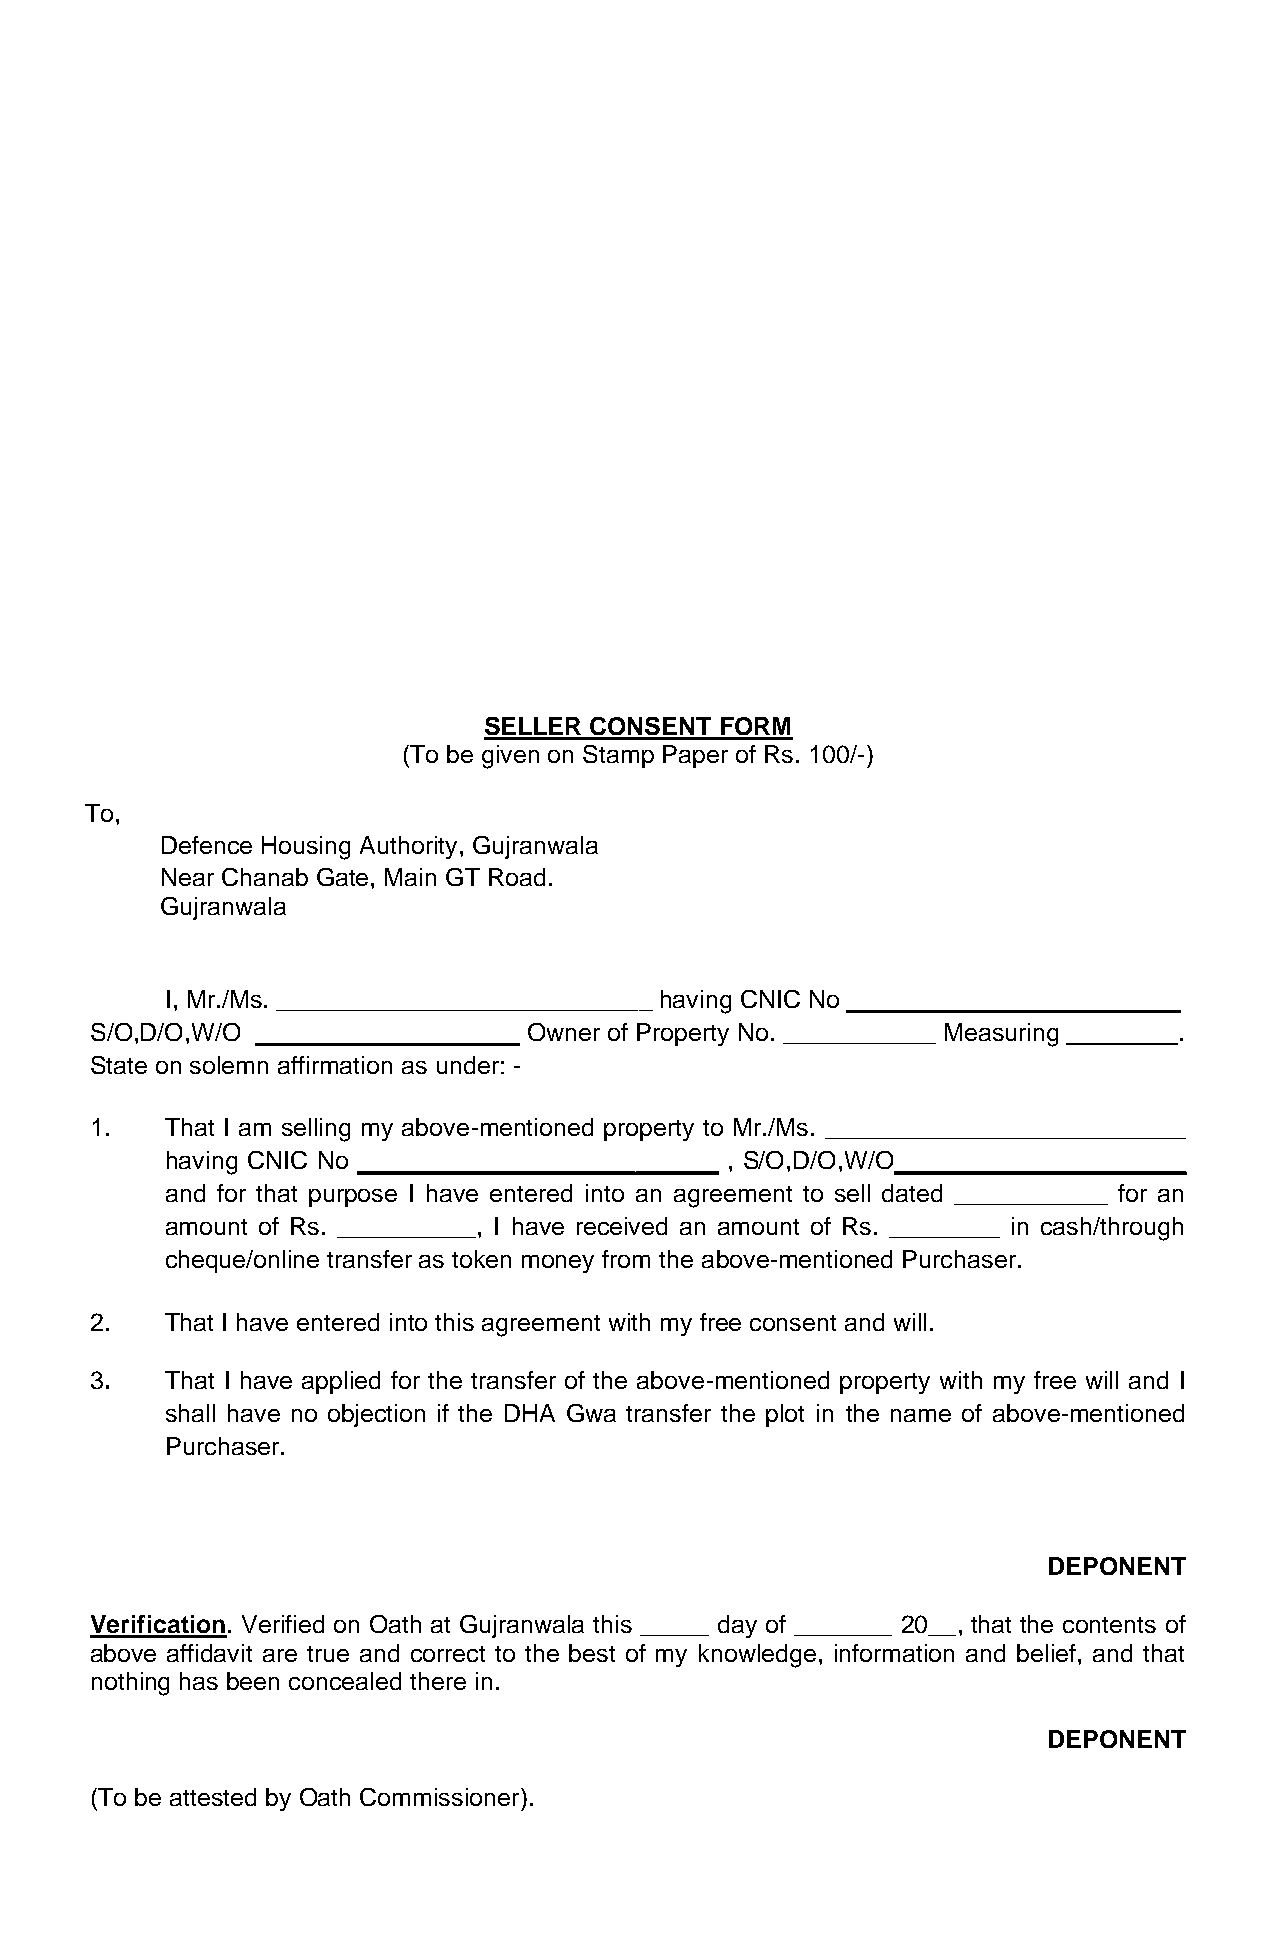
SELLER CONSENT  FORM
 (To be given on Stamp Paper of Rs. 100/-)
 To,
 Defence Housing Authority, Gujranwala
 Near Chanab Gate, Main GT Road.
 Gujranwala
 I, Mr./Ms. ___________________________ having CNIC No ________________________
 S/O,D/O,W/O ___________________ Owner of Property No. ___________ Measuring ________.
 State on solemn affirmation as under: -
 1.   That I am selling my above-mentioned property to Mr./Ms. __________________________
 having CNIC No __________________________ , S/O,D/O,W/O_____________________
 and for that purpose I have entered into an agreement to sell dated ___________ for an
 amount of Rs. __________, I have received an amount of Rs. ________ in cash/through
 cheque/online transfer as token money from the above-mentioned Purchaser.
 2.   That I have entered into this agreement with my free consent and will.
 3.   That I have applied for the transfer of the above-mentioned property with my free will and I
 shall have no objection if the DHA Gwa transfer the plot in the name of above-mentioned
 Purchaser.
 DEPONENT
 Verification. Verified on Oath at Gujranwala this _____ day of _______ 20__, that the contents of
 above affidavit are true and correct to the best of my knowledge, information and belief, and that
 nothing has been concealed there in.
 DEPONENT
 (To be attested by Oath Commissioner).